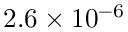
2 . 6 \times 1 0 ^ { - 6 }